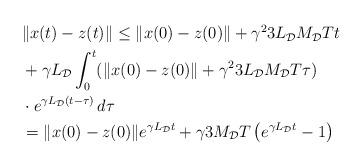
LaTeX: \begin{align*}\begin{aligned}&\|x(t)-z(t)\| \le \|x(0)-z(0) \|+ \gamma^2 3 L_\mathcal{D} M_\mathcal{D} T t\\& + \gamma L_\mathcal{D} \int_0^t (\|x(0)-z(0) \|+ \gamma^2 3 L_\mathcal{D} M_\mathcal{D} T \tau)\\& \cdot e^{\gamma L_\mathcal{D} (t-\tau)}\,d\tau\\ & = \|x(0)-z(0) \| e^{\gamma L_\mathcal{D}t} + \gamma 3 M_\mathcal{D} T \left(e^{\gamma L_\mathcal{D}t} -1\right)\end{aligned}\end{align*}